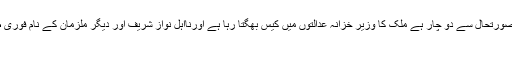
انہوں نے مزید کہا کہ ملک معاشی صورتحال سے دو چار ہے ملک کا وزیر خزانہ عدالتوں میں کیس بھگتا رہا ہے اورنااہل نواز شریف اور دیگر ملزمان کے نام فوری طور پر ای سی ایل میں ڈالنے چاہیے
۔